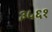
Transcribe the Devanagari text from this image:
३५६१